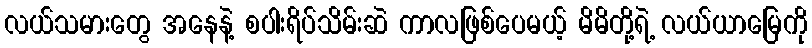
လယ်သမားတွေ အနေနဲ့ စပါးရိပ်သိမ်းဆဲ ကာလဖြစ်ပေမယ့် မိမိတို့ရဲ့ လယ်ယာမြေကို